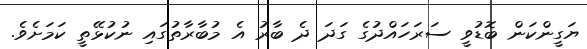
ޔަގީންކަން ބޮޑުވީ ސަރަހައްދުގެ ގަދަ ދެ ބާރު އެ މުބާރާތުގައި ނުކުޅޭތީ ކަމަށެވެ.